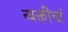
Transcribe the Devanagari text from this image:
व्यक्तीचां